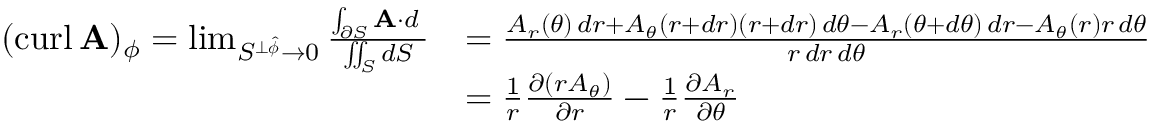
{ \begin{array} { r l } { ( \operatorname { c u r l } \mathbf { A } ) _ { \phi } = \operatorname* { l i m } _ { S ^ { \perp { \boldsymbol { \hat { \phi } } } } \to 0 } { \frac { \int _ { \partial S } \mathbf { A } \cdot d \mathbf { \ell } } { \iint _ { S } d S } } } & { = { \frac { A _ { r } ( \theta ) \, d r + A _ { \theta } ( r + d r ) ( r + d r ) \, d \theta - A _ { r } ( \theta + d \theta ) \, d r - A _ { \theta } ( r ) r \, d \theta } { r \, d r \, d \theta } } } \\ & { = { \frac { 1 } { r } } { \frac { \partial ( r A _ { \theta } ) } { \partial r } } - { \frac { 1 } { r } } { \frac { \partial A _ { r } } { \partial \theta } } } \end{array} }